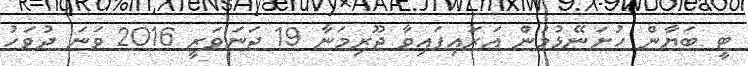
ޓީ ބަޔާން ހުށަނޭޅުމުން އަރައިފައިވާ ޖޫރިމަނާ 19 ޖަނަވަރީ 2016 ވަނަ ދުވަހު